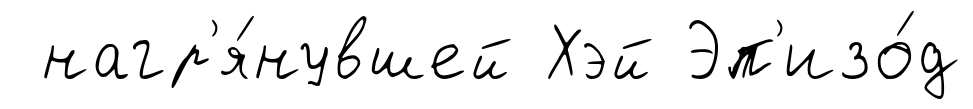
нагр'я́нувшей Хэй Эп'изо́д